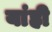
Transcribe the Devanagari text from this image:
यांही